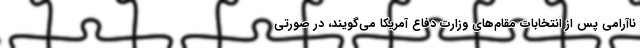
ناآرامی پس از انتخابات مقام‌های وزارت دفاع آمریکا می‌گویند، در صورتی